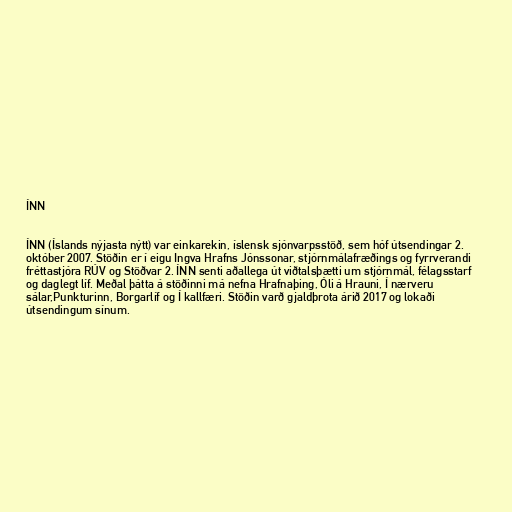
ÍNN

ÍNN (Íslands nýjasta nýtt) var einkarekin, íslensk sjónvarpsstöð, sem hóf útsendingar 2.
október 2007. Stöðin er í eigu Ingva Hrafns Jónssonar, stjórnmálafræðings og fyrrverandi
fréttastjóra RÚV og Stöðvar 2. ÍNN senti aðallega út viðtalsþætti um stjórnmál, félagsstarf
og daglegt líf. Meðal þátta á stöðinni má nefna Hrafnaþing, Óli á Hrauni, Í nærveru
sálar,Punkturinn, Borgarlíf og Í kallfæri. Stöðin varð gjaldþrota árið 2017 og lokaði
útsendingum sínum.